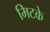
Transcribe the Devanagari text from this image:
मिटके